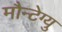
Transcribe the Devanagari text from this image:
मौन्टेग्यु